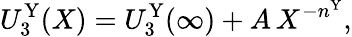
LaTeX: U_{3}^{\mathrm{Y}}(X)=U_{3}^{\mathrm{Y}}(\infty)+A\, X^{-n^{\mathrm{Y}}},